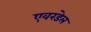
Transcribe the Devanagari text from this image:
एवरडेल